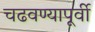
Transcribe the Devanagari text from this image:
चढवण्यापूर्वी